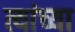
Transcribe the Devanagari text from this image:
त्यांच्या